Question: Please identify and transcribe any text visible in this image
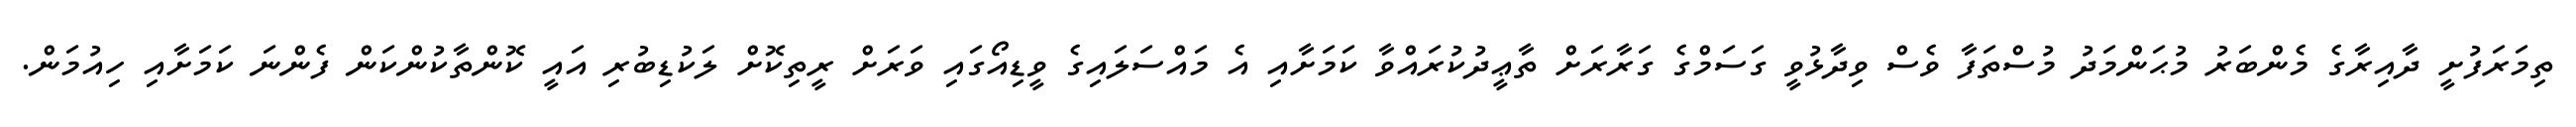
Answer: ތިމަރަފުށީ ދާއިރާގެ މެންބަރު މުޙަންމަދު މުސްތަފާ ވެސް ވިދާޅުވީ ގަސަމްގެ ގަރާރަށް ތާޢީދުކުރައްވާ ކަމަށާއި އެ މައްސަލައިގެ ވީޑިއޯގައި ވަރަށް ރީތިކޮށް ލަކުޑިބުރި އައީ ކޮންތާކުންކަން ފެންނަ ކަމަށާއި ހިއުމަން.